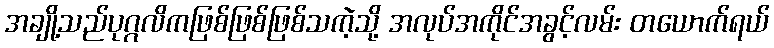
အချို့သည်ပုဂ္ဂလိကဖြစ်ဖြစ်ဖြစ်သကဲ့သို့ အလုပ်အကိုင်အခွင့်လမ်း တယောက်ရယ်